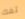
تفك